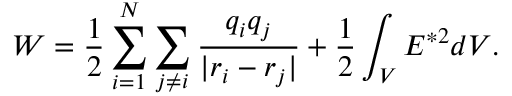
W = \frac { 1 } { 2 } \sum _ { i = 1 } ^ { N } \sum _ { j \neq i } \frac { q _ { i } q _ { j } } { \vert r _ { i } - r _ { j } \vert } + \frac { 1 } { 2 } \int _ { \cal V } E ^ { { \ast } 2 } d { \cal V } .